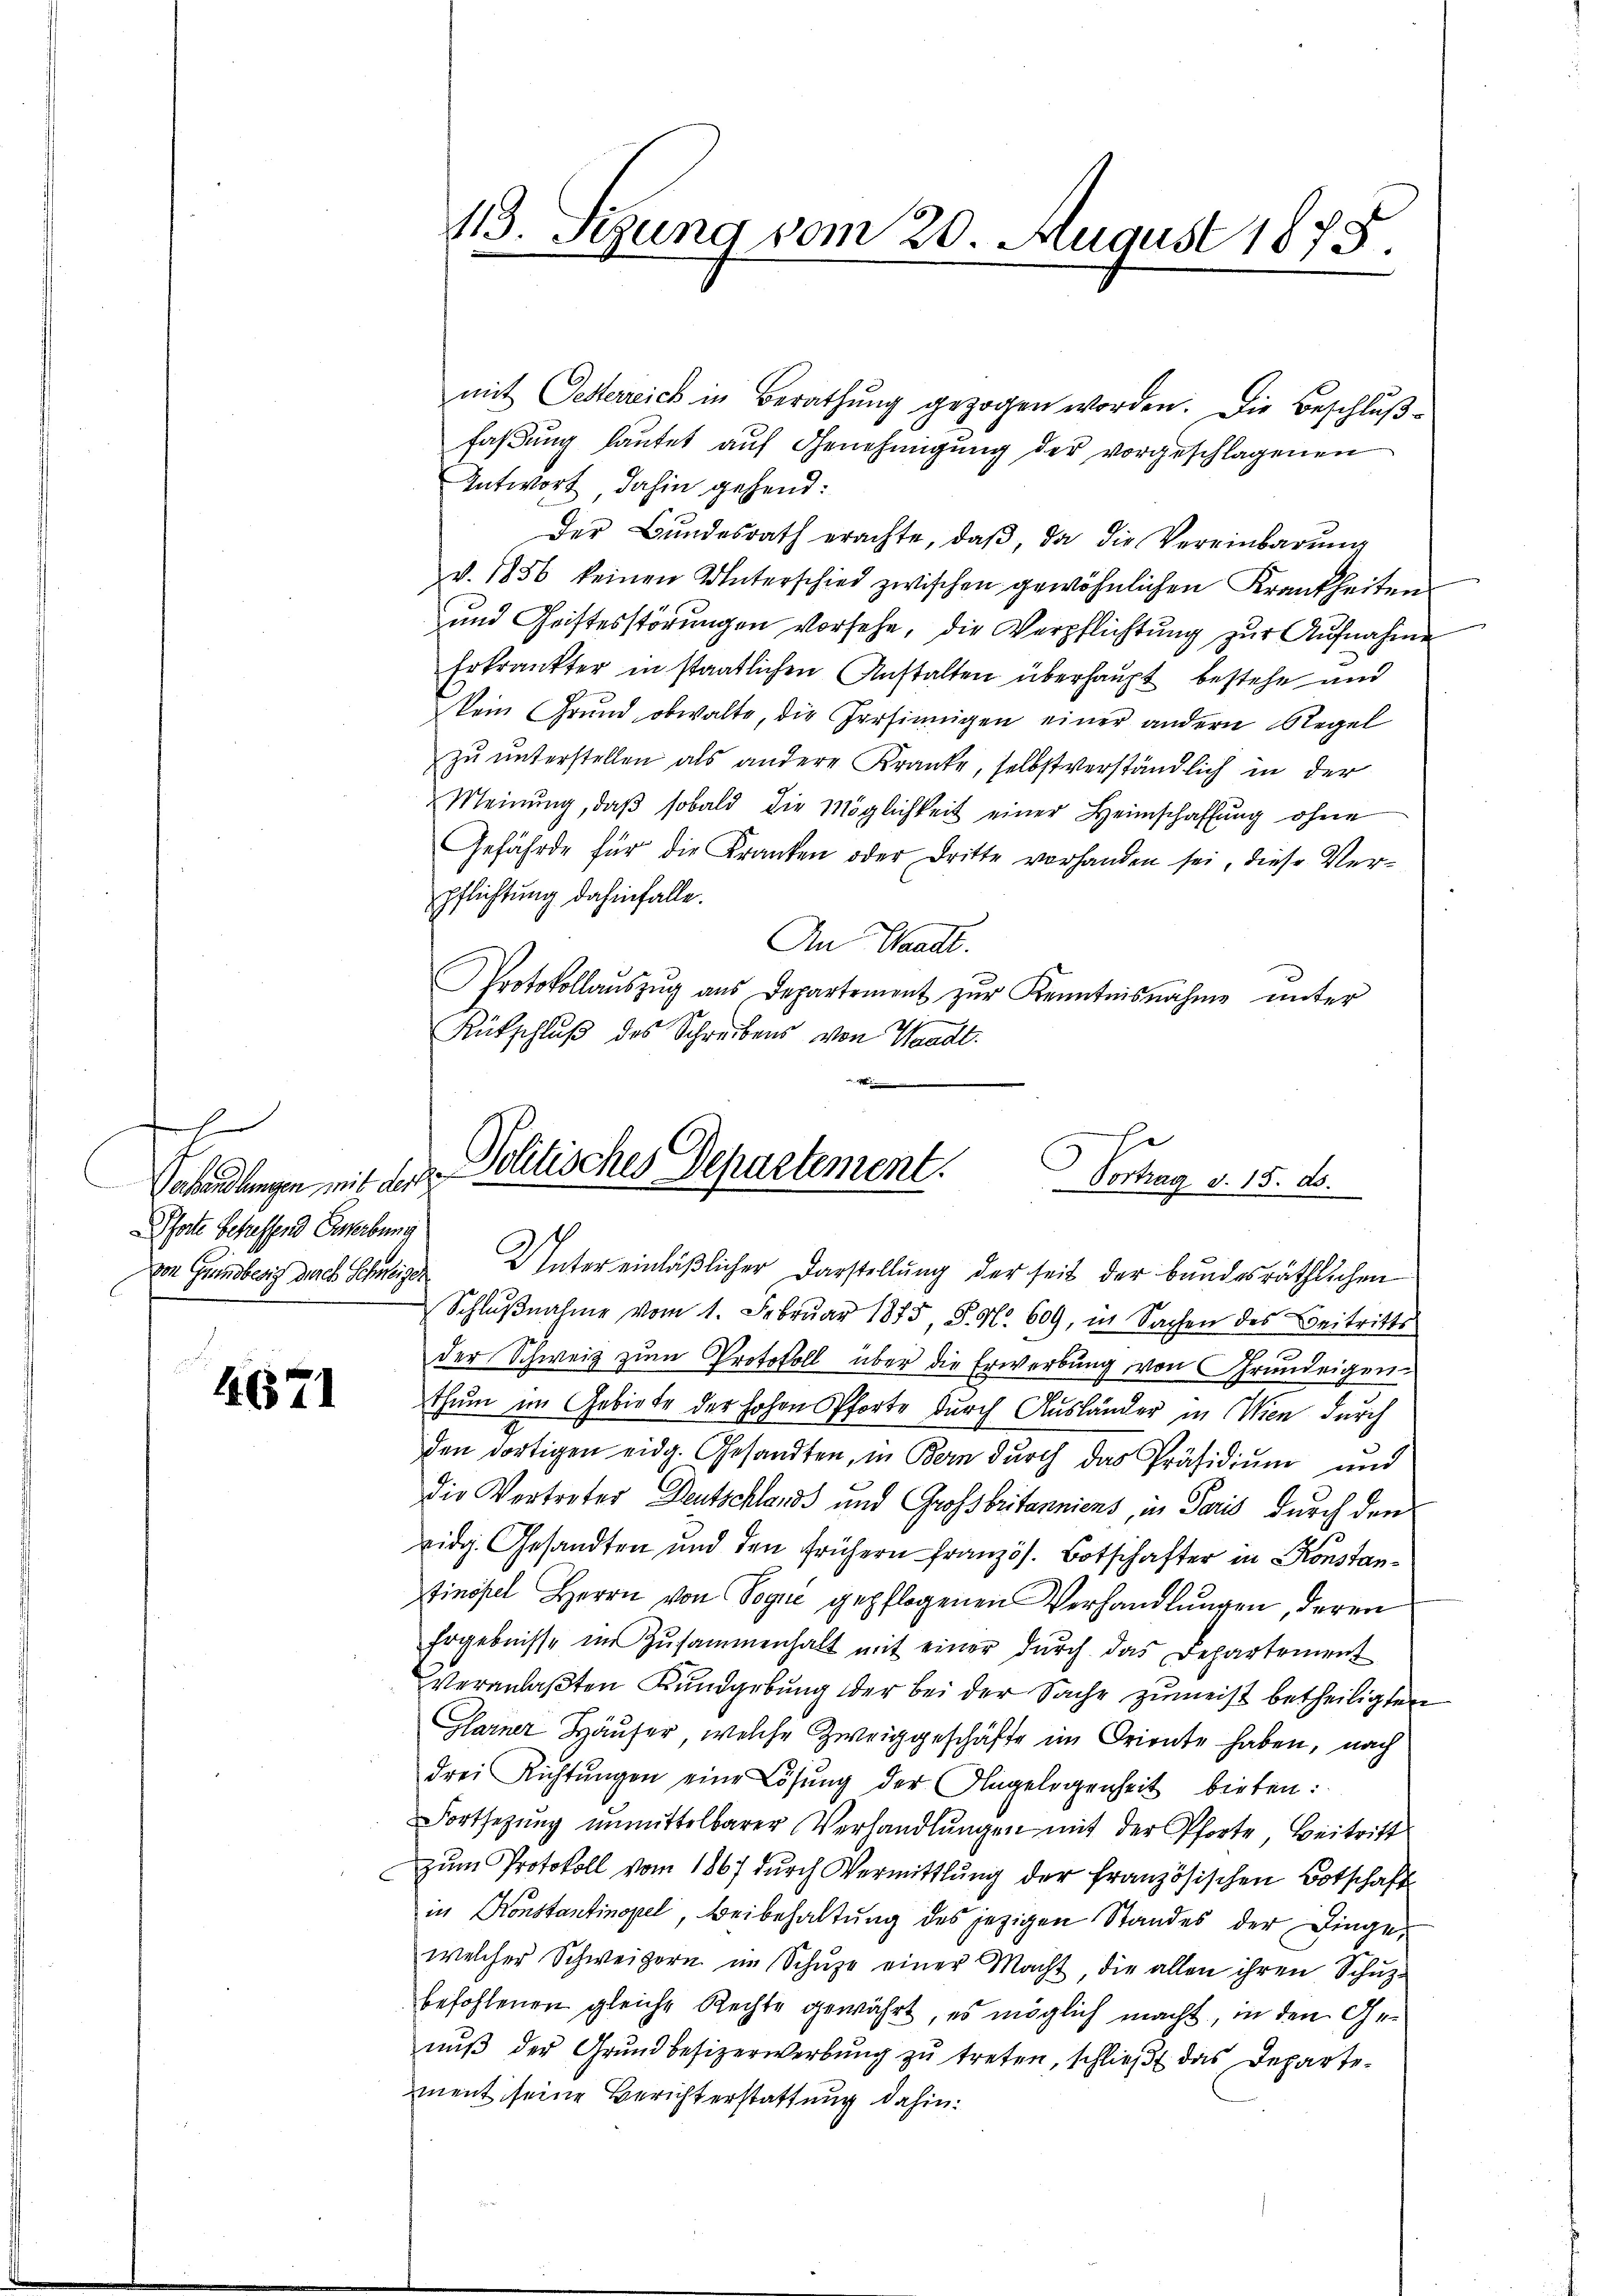
f
Pforte betreffend Gewerbung

4671

mit Oesterreich in Berathung gezogen worden. Die Beschlußfaßung lautet auf Genehmigung der vorgeschlagenen
Antwort dahin gehend:
Der Bŭndesrath erachte, daβ, da die Vereinbarŭng
v. 1856 keinen Unterschied zwischen gewöhnlichen Krankheiten
und Christesstörungen vorsehe, die Verpflichtung zur Aufnahme
Erkrankter in staatlichen Anstalten überhaupt bestehe und
kein Grŭnd obwalte, die Persinnigen einer andern Regel
zŭ ŭnterstellen als andere Kranke, selbstverständlich in der
Meinung, daβ sobald die Möglichkeit einer Heimschaffung ohne
Gefährde für die Kranken oder Dritte vorhanden sei, diese Verpflichtung dahinfalle.
An Waadt.
Protokollaŭszŭg aŭs Departement zŭr Kenntnisnahme unter
Rütschluß des Schreibens von Waadt.

413. Sizung vom 20. August 1875.

Verhandlungen mit der Politisches Departement. Vorhag v. 15. d.

von Grundbesit durch Schweize Unter einläßlicher Darstellung der seit der bundesräthlichen
Schlŭβnahme vom 1. Februar 1875, S. Nr. 609, in Sachen des Beitritts
3
der Schweiz zum Protokoll über die Erwerbung von Grundeigen-
thum im Gebiete der hohen Pforte durch Ausländer in Wien durch
den dortigen eidg. Gesandten, in Bern dŭrch das Präsidiŭm und
die Vertreter Deutschlands und Grossbritanniens, in Paris durch den
eidg. Gesandten und den frühern Französ. Botschafter in Konstantinopel Herrn von Vogue gepflogenen Verhandlungen, deren
Ergebnisse im Zusammenhalt mit einer dŭrch das Departement
veranlaßten Kundgebung der bei der Sache zumeist betheiligten
Glarner Häuser, welche Zweiggeschäfte im Oriente haben, nach
drei Richtŭngen eine Lösung der Angelogenheit bieten:
Fortsetzŭng ŭnmittelbarer Verhandlŭngen mit der Pforte, Beitrift
zŭm Protokoll vom 1867 dŭrch Vermittlung der französischen Botschaft
in Konstantinopel, Beibehaltung des jezigen Standes der Dingewelcher Schweizern im Schŭze einer Macht, die allen ihren Schŭtz-
befohlenen gleiche Rechte gewährt, es möglich macht, in den Genŭβ der Grŭndbesizerwerbŭng zŭ treten, schlieβt das Departement seine Berichterstattung dahin: